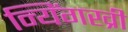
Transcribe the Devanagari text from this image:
न्यिंगख्री